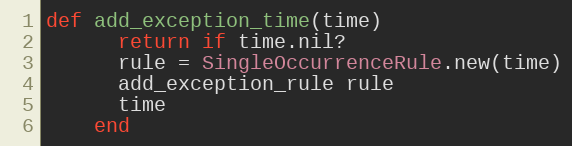
Language: Ruby
def add_exception_time(time)
      return if time.nil?
      rule = SingleOccurrenceRule.new(time)
      add_exception_rule rule
      time
    end